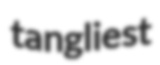
tangliest